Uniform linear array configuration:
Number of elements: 64
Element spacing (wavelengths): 0.75
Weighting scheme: exponential
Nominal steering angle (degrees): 60
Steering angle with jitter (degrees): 60.294
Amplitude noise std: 0.05
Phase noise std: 0.05

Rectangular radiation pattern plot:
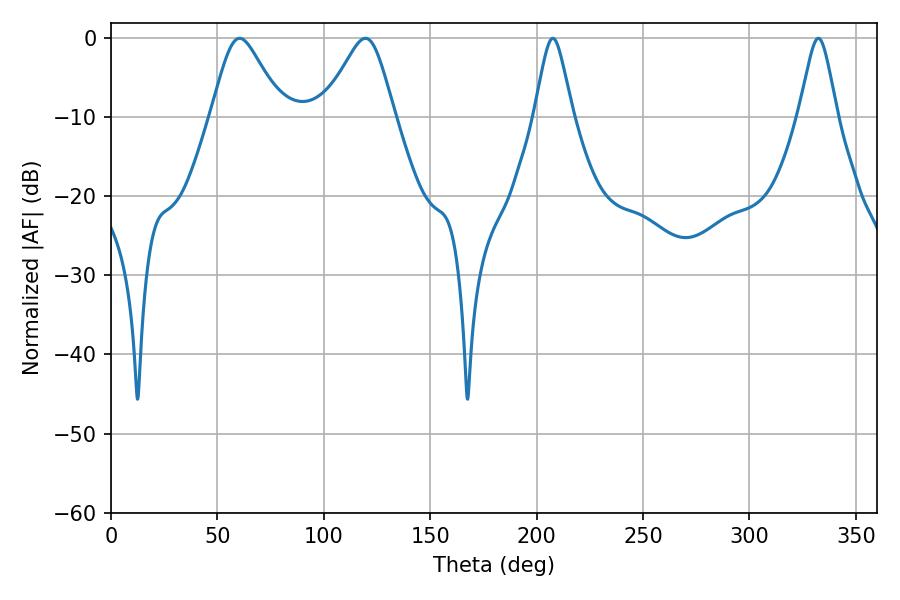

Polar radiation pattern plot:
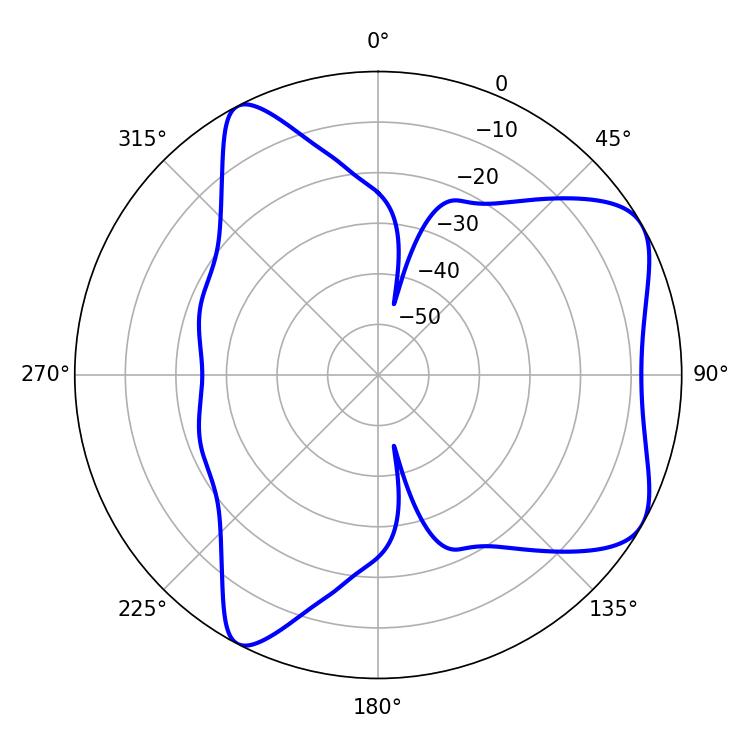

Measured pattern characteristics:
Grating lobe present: TRUE
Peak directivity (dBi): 6.467
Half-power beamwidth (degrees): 16.2
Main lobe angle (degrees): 60.48